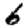
Digit: 6